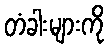
တံခါးများကို